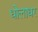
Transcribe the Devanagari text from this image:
धोलाधर